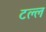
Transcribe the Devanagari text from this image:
टल्ल